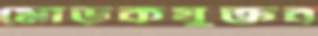
মোড়কযুক্তব